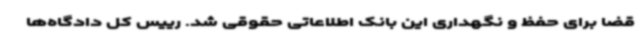
قضا برای حفظ و نگهداری این بانک اطلاعاتی حقوقی شد. رییس کل دادگاه‌ها